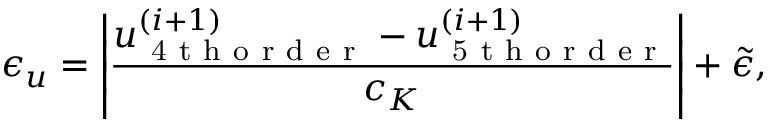
\epsilon _ { u } = \left| \frac { u _ { \mathrm { ~ 4 ~ t ~ h ~ o ~ r ~ d ~ e ~ r ~ } } ^ { ( i + 1 ) } - u _ { \mathrm { ~ 5 ~ t ~ h ~ o ~ r ~ d ~ e ~ r ~ } } ^ { ( i + 1 ) } } { c _ { K } } \right| + \Tilde { \epsilon } ,